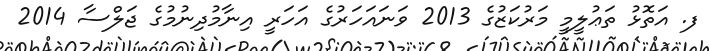
ފ. އަތޮޅު ތަޢުލީމީ މަރުކަޒުގެ 2013 ވަނައަހަރުގެ އަހަރީ އިނާމުދިނުމުގެ ޖަލްސާ 2014